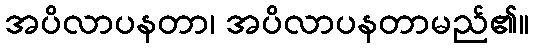
အပိလာပနတာ၊ အပိလာပနတာမည်၏။